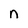
Character: n